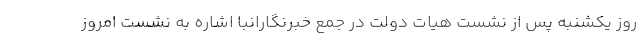
روز یکشنبه پس از نشست هیات دولت در جمع خبرنگارانبا اشاره به نشست امروز